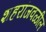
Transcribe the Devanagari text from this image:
शहरांजवळील